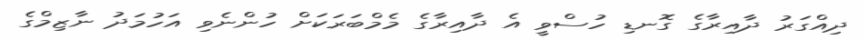
ދިއްގަރު ދާއިރާގެ ގޮނޑި ހުސްވީ އެ ދާއިރާގެ މެމްބަރަކަށް ހުންނެވި އަހުމަދު ނާޒިމްގެ